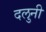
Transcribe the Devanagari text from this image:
दलुनी